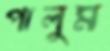
পালুম